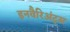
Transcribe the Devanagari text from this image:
इनवैरिअंट्स